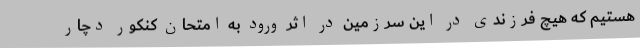
هستیم که هیچ فرزندی در این سرزمین در اثر ورود به امتحان کنکور دچار